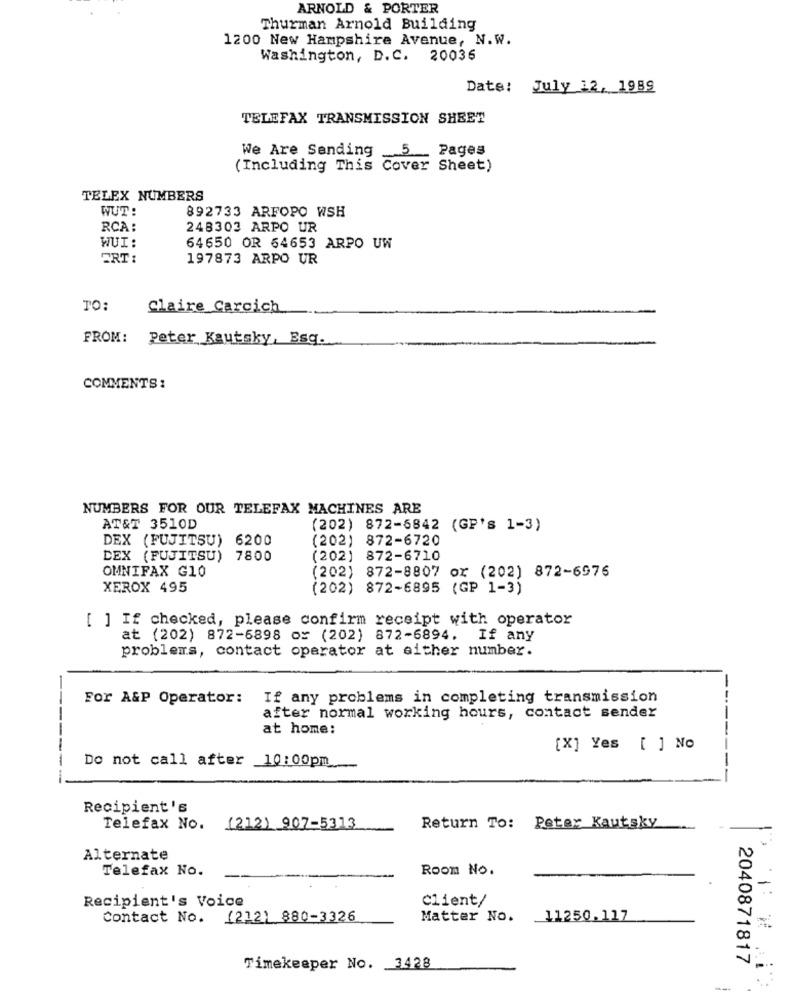
ARNOLD & PORTER
Thurman Arnold Building
1200 New Hampshire Avenue, N.W.
Washington, D.C. 20036
Date: July 12, 1989
TELEFAX TRANSMISSION SHEET
We Are Sending _5 __ Pages
(Including This Cover Sheet)
TELEX NUMBERS
WUT:
892733 ARFOPO WSH
RCA :
248303 ARPO UR
WUI:
64650 OR 64653 ARPO UW
ERT:
197873 ARPO UR
TO:
Claire Carcich
FROM: Peter Kautsky, Esq.
COMMENTS:
NUMBERS FOR OUR TELEFAX MACHINES ARE
AT&T 3510D
(202) 872-6842 (GP's 1-3)
DEX (FUJITSU) 6200
(202) 872-6720
DEX (FUJITSU) 7800
(202) 872-6710
(202) 872-8807 or (202) 872-6976
OMNIFAX G10
XEROX 495
(202) 872-6895 (GP 1-3)
[ ] If checked, please confirm receipt with operator
at (202) 872-6898 or (202) 872-6894.
If any
problems, contact operator at either number.
For A&P Operator:
If any problems in completing transmission
-
after normal working hours, contact sender
at home:
-
[X] Yes [ ] No
Do not call after 10:00pm
-
----
Recipient 's
Telefax No. (212) 907-5313
Return To: Peter Kautsky
Alternate
Telefax No.
Room No.
Recipient's Voice
Client/
Contact No. (212) 880-3326
Matter No.
11250.117
1: 30
2040871817
Timekeeper No. 3428